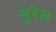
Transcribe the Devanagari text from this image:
मुरेस